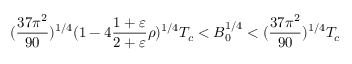
( { \frac { 3 7 \pi ^ { 2 } } { 9 0 } } ) ^ { 1 / 4 } ( 1 - 4 { \frac { 1 + \varepsilon } { 2 + \varepsilon } } \rho ) ^ { 1 / 4 } T _ { c } < B _ { 0 } ^ { 1 / 4 } < ( { \frac { 3 7 \pi ^ { 2 } } { 9 0 } } ) ^ { 1 / 4 } T _ { c }